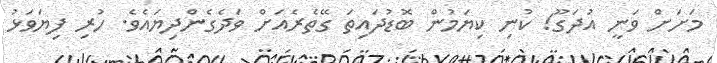
މަށަށް ވަނީ އުދަގޫ! ކުނި ކިޔަމުން ބޮޑުދައިތަ ގޭތެރެއަށް ވަދެގެންދިޔައެވެ. ހުރި ފިޔަވަޅު